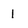
Character: 1